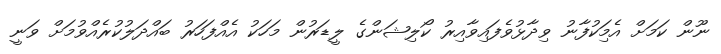
ނޫން ކަމަށް އެމަިކުފާނު ވިދާޅުވެފައިވާއިރު ކޯލިޝަންގެ ލީޑަރުން މަހަކު އެއްފަހަރު ބައްދަލުކުރެއްވުމަށް ވަނީ